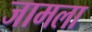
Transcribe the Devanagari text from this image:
जामला